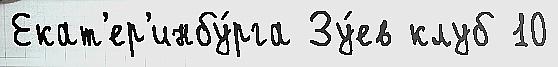
Екат'ер'инбу́рга Зу́ев клуб 10